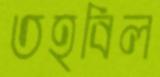
তহবিল